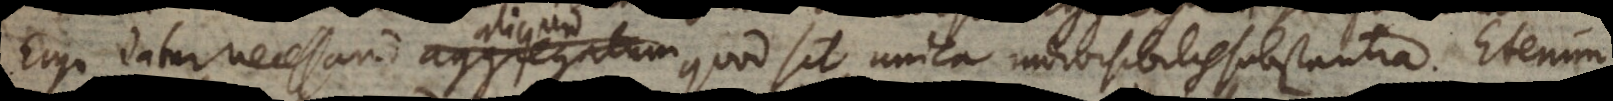
go datur necessario aggregatum quod sit unica indivisibilis substantia. Etenim